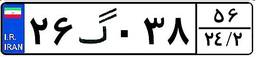
۲۶گ۰۳۸۵۶